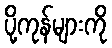
ပို့ကုန်များကို